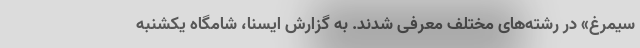
سیمرغ» در رشته‌های مختلف معرفی شدند. به گزارش ایسنا، شامگاه یکشنبه